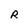
Character: R